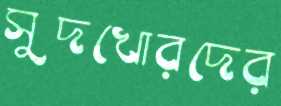
সুদখোরদের